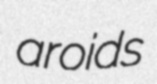
aroids